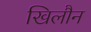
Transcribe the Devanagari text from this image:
खिलौन